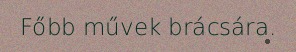
Főbb művek brácsára.